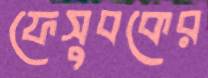
ফেসুবকের